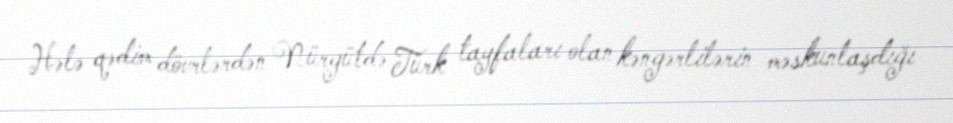
Hələ qədim dövrlərdən Nürgütdə Türk tayfaları olan kəngərlilərin məskunlaşdığı